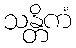
သန္တိကံ